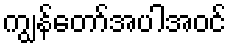
ကျွန်တော်အပါအဝင်